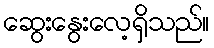
ဆွေးနွေးလေ့ရှိသည်။